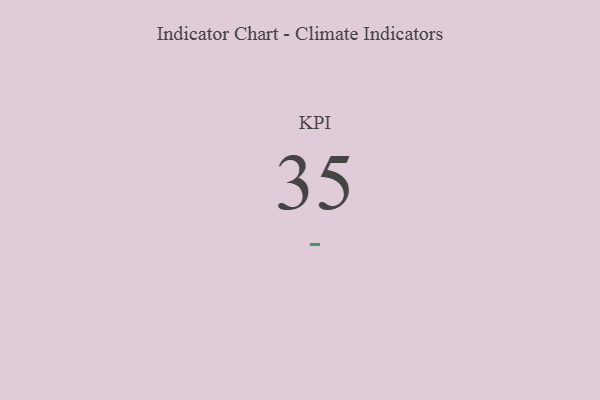
{"axis": {"x": "KPI", "y": "Value"}, "legend": [""], "data": [{"x": "KPI", "y": 35, "type": ""}]}